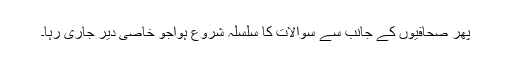
پھر صحافیوں کے جانب سے سوالات کا سلسلہ شروع ہواجو خاصی دیر جاری رہا۔